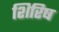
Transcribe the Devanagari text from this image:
शिरिष